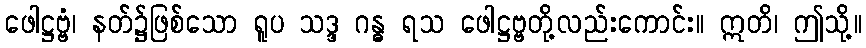
ဖေါဋ္ဌဗ္ဗံ၊ နတ်၌ဖြစ်သော ရူပ သဒ္ဒ ဂန္ဓ ရသ ဖေါဋ္ဌဗ္ဗတို့လည်းကောင်း။ ဣတိ၊ ဤသို့။